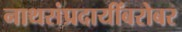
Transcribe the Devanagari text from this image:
नाथसंप्रदायींबरोबर